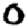
Digit: 0